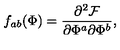
f _ { a b } ( \Phi ) = \frac { \partial ^ { 2 } { \cal F } } { \partial \Phi ^ { a } \partial \Phi ^ { b } } ,